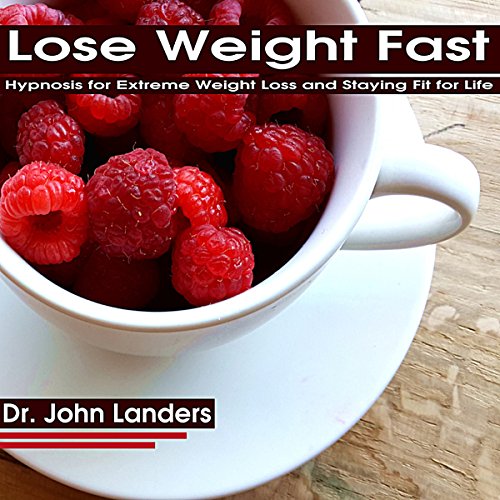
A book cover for Lose Weight Fast: Hypnosis for Extreme Weight Loss and Staying Fit for Life; Dr. John Landers; Self-Help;